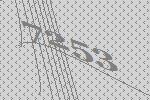
7253